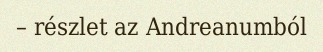
– részlet az Andreanumból